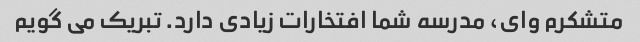
متشکرم وای، مدرسه شما افتخارات زیادی دارد. تبریک می گویم